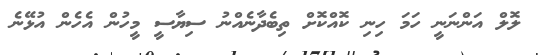
ލޮލް އަންނަނީ ހަމަ ހިނި ކޮއްކޮށް ތިބެދާނެއްނު ސިޔާސީ މީހުން އެހެން އުޅޭނެ